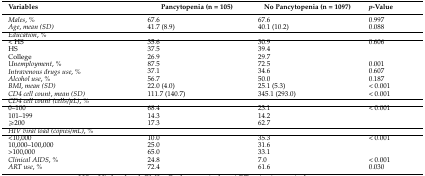
| Variables | Pancytopenia (n = 105) | No Pancytopenia (n = 1097) | p-Value |
 | --- | --- | --- | --- |
 | Males, % | 67.6 | 67.6 | 0.997 |
 | Age, mean (SD) | 41.7 (8.9) | 40.1 (10.2) | 0.088 |
 | Education, % |  |  |  |
 | < HS | 35.6 | 30.9 | 0.606 |
 | HS | 37.5 | 39.4 |  |
 | College | 26.9 | 29.7 |  |
 | Unemployment, % | 87.5 | 72.5 | 0.001 |
 | Intravenous drugs use, % | 37.1 | 34.6 | 0.607 |
 | Alcohol use, % | 56.7 | 50.0 | 0.187 |
 | BMI, mean (SD) | 22.0 (4.0) | 25.1 (5.3) | < 0.001 |
 | CD4 cell count, mean (SD) | 111.7 (140.7) | 345.1 (293.0) | < 0.001 |
 | CD4 cell count (cells/μL), % |  |  |  |
 | 0–100 | 68.4 | 23.1 | < 0.001 |
 | 101–199 | 14.3 | 14.2 |  |
 | ≥200 | 17.3 | 62.7 |  |
 | HIV viral load (copies/mL), % |  |  |  |
 | <10,000 | 10.0 | 35.3 | < 0.001 |
 | 10,000–100,000 | 25.0 | 31.6 |  |
 | >100,000 | 65.0 | 33.1 |  |
 | Clinical AIDS, % | 24.8 | 7.0 | < 0.001 |
 | ART use, % | 72.4 | 61.6 | 0.030 |